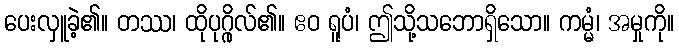
ပေးလှူခဲ့၏။ တဿ၊ ထိုပုဂ္ဂိုလ်၏။ ဧဝ ရူပံ၊ ဤသို့သဘောရှိသော။ ကမ္မံ၊ အမှုကို။